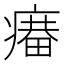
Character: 𤹲